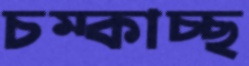
চম্‌কাচ্ছ